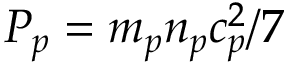
P _ { p } = m _ { p } n _ { p } c _ { p } ^ { 2 } / 7